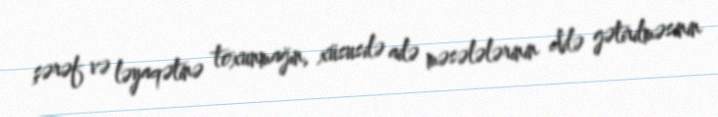
şərəf və ləyaqətinə toxunmağın, xüsusilə ailə məsələlərinin dilə gətirilməsinin